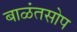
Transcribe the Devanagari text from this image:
बाळंतसोप